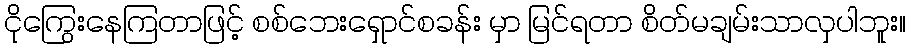
ငိုကြွေးနေကြတာဖြင့် စစ်ဘေးရှောင်စခန်း မှာ မြင်ရတာ စိတ်မချမ်းသာလှပါဘူး။